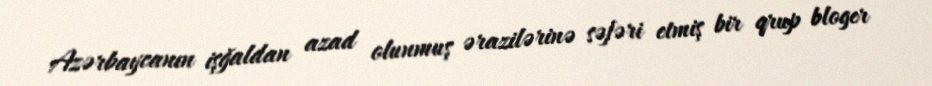
Azərbaycanın işğaldan azad olunmuş ərazilərinə səfəri etmiş bir qrup bloger